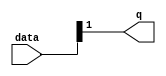
module  acl_fp_uitofp_double_altpriority_encoder_3v7
	( 
	data,
	q) ;
	input   [1:0]  data;
	output   [0:0]  q;
	assign
		q = {data[1]};
endmodule